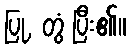
ပြု, တွံ ပြီး၏။